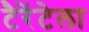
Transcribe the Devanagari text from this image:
टैरेंटेला